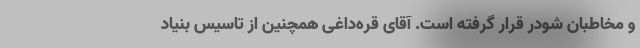
و مخاطبان شودر قرار گرفته است. آقای قره‌داغی همچنین از تاسیس بنیاد